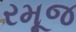
રમૂજ